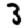
Digit: 3